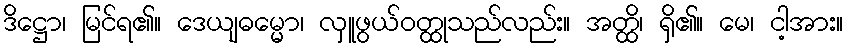
ဒိဋ္ဌော၊ မြင်ရ၏။ ဒေယျဓမ္မော၊ လှူဖွယ်ဝတ္ထုသည်လည်း။ အတ္ထိ၊ ရှိ၏။ မေ၊ ငါ့အား။